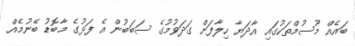
ބައެއް މޫސުމްތަކުގައި އާދަޔާ ހިލާފަށް ގަދަވުމުގެ ސަބަބުން އެ ފަޅުގެ މާބޮޑު ބޭނުމެއް